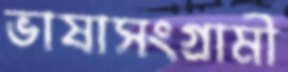
ভাষাসংগ্রামী